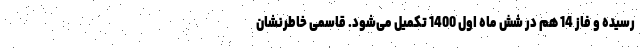
رسیده و فاز 14 هم در شش ماه اول 1400 تکمیل می‌شود. قاسمی خاطرنشان